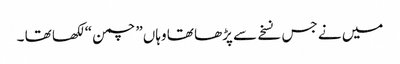
میں نے جس نسخے سے پڑھا تھا وہاں” چمن “ لکھا تھا ۔